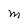
Character: M